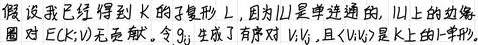
假设我已经得到 $K$ 的子复形 $L$, 因为 $\amalg$ 是单连通的, $\amalg$ 上的边缘圈对 $E(K; \mathbb{V})$ 无贡献。令 $g_{ij}$ 生成了有序对 $\mathbb{V}_{ij}$, 且 $\langle \mathbb{V}_{ij}\rangle$ 是 $K$ 上的 $1$- 单形。